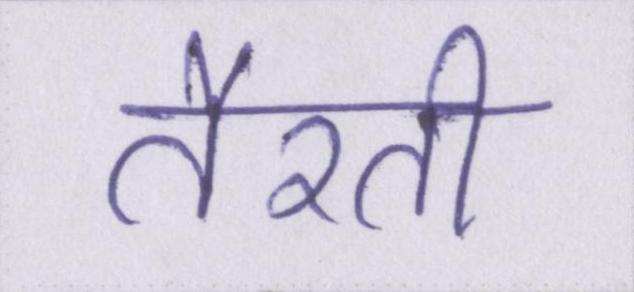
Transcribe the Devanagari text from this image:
तैरती